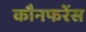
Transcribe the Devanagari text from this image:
कौनफरेंस